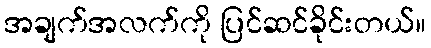
အချက်အလက်ကို ပြင်ဆင်ခိုင်းတယ်။